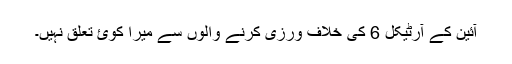
آئین کے آرٹیکل 6 کی خلاف ورزی کرنے والوں سے میرا کوئ تعلق نہیں۔